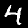
Label: 4